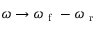
\omega \xrightarrow { } \omega _ { \mathrm { ~ f ~ } } - \omega _ { \mathrm { ~ r ~ } }